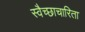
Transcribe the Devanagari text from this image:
स्वैच्छाचारिता